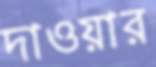
দাওয়ার